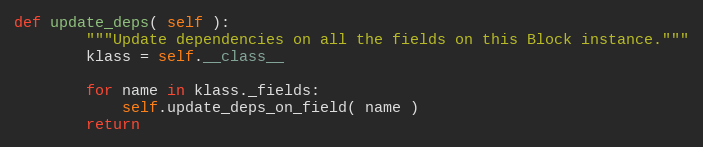
Language: Python
def update_deps( self ):
        """Update dependencies on all the fields on this Block instance."""
        klass = self.__class__

        for name in klass._fields:
            self.update_deps_on_field( name )
        return